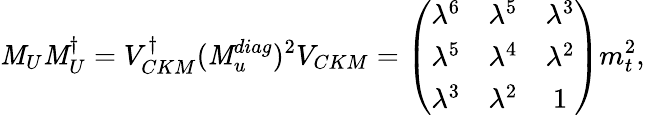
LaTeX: {\mathit M}_{U}{\mathit M}_{U}^{\dagger}=V_{CKM}^{\dagger}({\mathit M}_{u}^{diag})^{2}V_{CKM}=\left(\begin{array}{lcc}{{\lambda^{6}}}&{{\lambda^{5}}}&{{\lambda^{3}}}\\ {{\lambda^{5}}}&{{\lambda^{4}}}&{{\lambda^{2}}}\\ {{\lambda^{3}}}&{{\lambda^{2}}}&{{1}}\end{array}\right)m_{t}^{2},